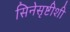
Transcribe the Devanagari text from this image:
सिनेसृष्टीशी